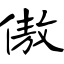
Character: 傲